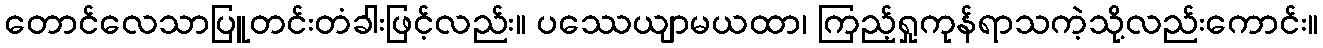
တောင်လေသာပြူတင်းတံခါးဖြင့်လည်း။ ပဿေယျာမယထာ၊ ကြည့်ရှုကုန်ရာသကဲ့သို့လည်းကောင်း။